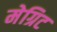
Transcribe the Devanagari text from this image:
मेग्रिट